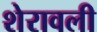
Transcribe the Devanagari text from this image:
शेरावली